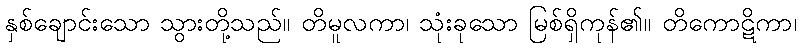
နှစ်ချောင်းသော သွားတို့သည်။ တိမူလကာ၊ သုံးခုသော မြစ်ရှိကုန်၏။ တိကောဋိကာ၊